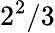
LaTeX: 2^{2}/3